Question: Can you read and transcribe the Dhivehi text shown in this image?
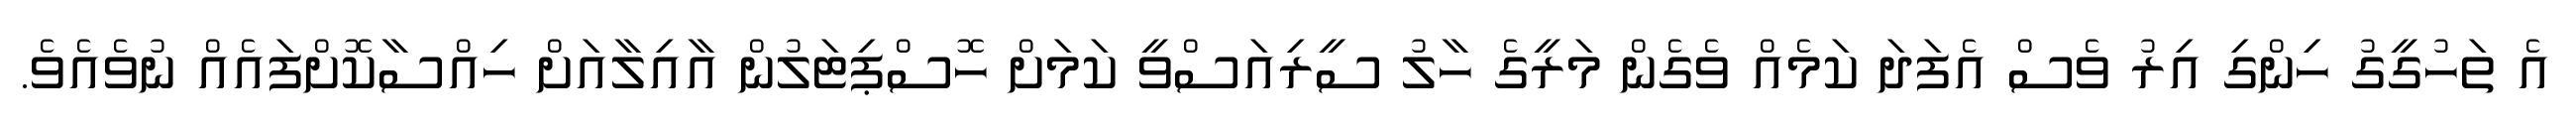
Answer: އެ ތަހުގީގު ހިންގި އިރު ވެސް އެފަދަ ކަމެއް ވެގެން މަރީގެ ހާލު ސީރިއަސްވީ ކަމަށް ހޮސްޕިޓަލުން އާއިލާއަށް ހިއްސާކޮށްފައެއް ނުވެއެވެ.